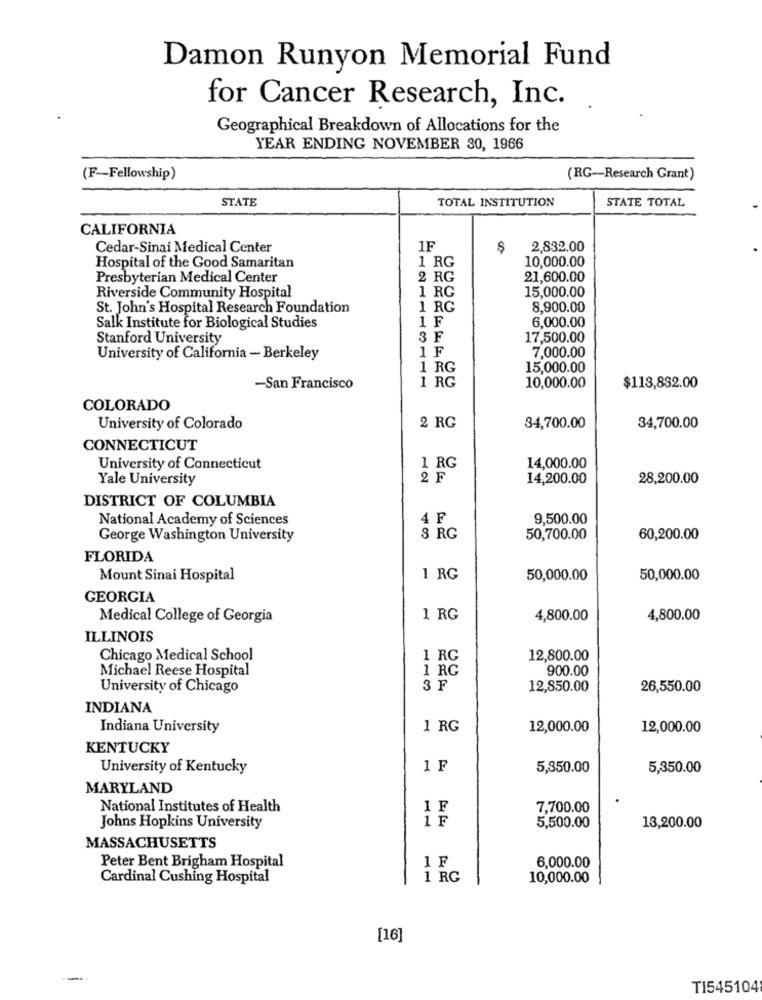
Damon Runyon Memorial Fund
for Cancer Research, Inc.
Geographical Breakdown of Allocations for the
YEAR ENDING NOVEMBER 30, 1966
(F-Fellowship)
(RG-Research Grant)
TOTAL INSTITUTION
STATE TOTAL
STATE
CALIFORNIA
Cedar-Sinai Medical Center
1F
$
2,832.00
1 RG
10,000.00
Hospital of the Good Samaritan
Presbyterian Medical Center
2 RG
21,600.00
1 RG
15,000.00
Riverside Community Hospital
St. John's Hospital Research Foundation
1 RG
8,900.00
1 F
Salk Institute for Biological Studies
6,000.00
Stanford University
3F
17,500.00
1F
7,000.00
University of California - Berkeley
1 RG
15,000.00
1 RG
10,000.00
-San Francisco
$113,882.00
COLORADO
2 RG
University of Colorado
34,700.00
34,700.00
CONNECTICUT
University of Connecticut
1 RG
14,000.00
Yale University
2 F
14,200.00
28,200.00
DISTRICT OF COLUMBIA
National Academy of Sciences
4 F
9,500.00
George Washington University
8 RG
50,700.00
60,200.00
FLORIDA
Mount Sinai Hospital
1 RG
50,000.00
50,000.00
GEORGIA
Medical College of Georgia
1 RG
4,800.00
4,800.00
ILLINOIS
Chicago Medical School
1 RG
12,800.00
Michael Reese Hospital
1 RG
900.00
University of Chicago
SF
12,850.00
26,550.00
INDIANA
Indiana University
1 RG
12,000.00
12,000.00
KENTUCKY
University of Kentucky
1 F
5,350.00
5,350.00
MARYLAND
National Institutes of Health
1F
7,700.00
1 F
Johns Hopkins University
5,500.00
13,200.00
MASSACHUSETTS
1F
Peter Bent Brigham Hospital
6,000.00
Cardinal Cushing Hospital
1 RG
10,000.00
[16]
TI545104